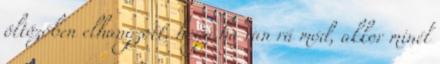
öltözőben elhangzott, hogy ha van rá mód, akkor minél